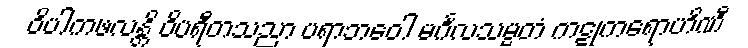
ဝိပါကဖလန္တိ ဝိပရီတသညာ ပရာဘဝေါ မင်္ဂလသမ္မတံ ကဋုကရောဟိဏီ